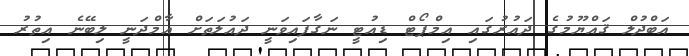
އަބްދުލް ޤައްޔޫމުގެ ދައުރުގައި އިމްޕޯޓް ޑިއުޓީ ނަގާފައިވަނީ ދައުލަތަށް އާމްދަނީ ލިބޭނެ އިތުރު